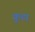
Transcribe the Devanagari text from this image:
क्रुडा